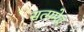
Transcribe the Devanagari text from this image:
सत्ममेव